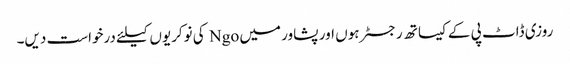
روزی ڈاٹ پی کے کیساتھ رجسٹر ہوں اور پشاور میں Ngo کی نوکریوں کیلئے درخواست دیں۔